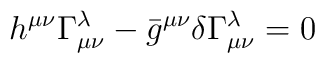
h^{\mu\nu} \Gamma^\lambda_{\mu\nu}        - \bar g^{\mu\nu} \delta \Gamma^\lambda_{\mu\nu}=0